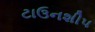
ટાઉનશીપ